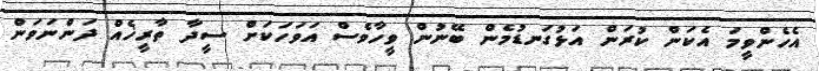
އެހެންވީމަ އެކަން ކުރަން އަޅުގަނޑުމެން ބޭނުން ވީހާވެސް އަވަހަކަށް ސީދާ ތާރީޚެއް ދަންނަވަން